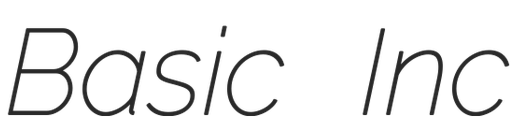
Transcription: Basic Inc